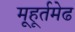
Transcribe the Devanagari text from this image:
मूहूर्तमेढ